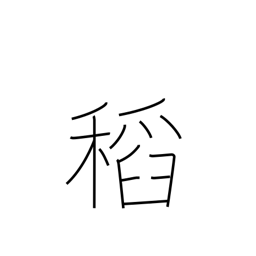
Meaning: rice plant